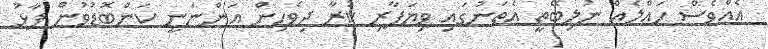
އެއްވެސް ހައްލެއް ނުލިބޭތީ އެތަނުގައި ވިޔަފާރި ކުރާ ދިވެހިން އަންނަނީ ކަންބޮޑުވުން ފާޅު